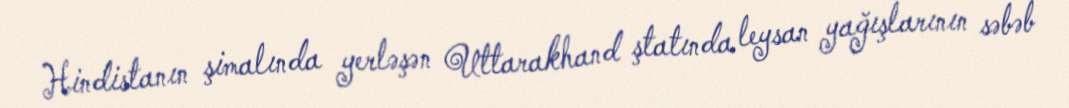
Hindistanın şimalında yerləşən Uttarakhand ştatında leysan yağışlarının səbəb